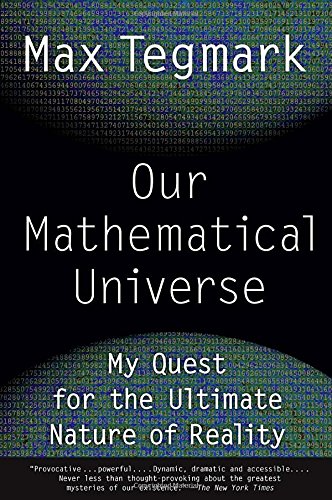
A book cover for Our Mathematical Universe: My Quest for the Ultimate Nature of Reality; Max Tegmark; Science & Math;